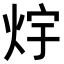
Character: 𭴟